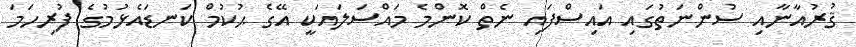
ޤުރުއާނާއި ސުންނަތުގައި އައިސްފައި ނެތް ކޮންމެ މައްސަލައަކީ އޭގެ ޙުކުމް ކަނޑައެޅުމުގެ ފުރިހަމަ